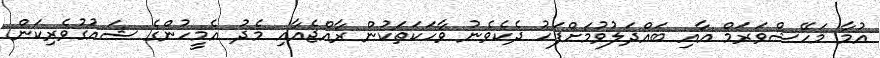
އުމާ މަހޭޝްވަރަމް އާއި ބައްދަލުވުމަށްފަހު ދެކެވެނު ވާހަކަތަކުން ރާއްޖެއާއި މެދު އެމީހުންގެ ޝައުގުވެރިކަން